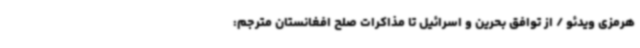
هرمزی ویدئو / از توافق بحرین و اسرائیل تا مذاکرات صلح افغانستان مترجم: